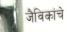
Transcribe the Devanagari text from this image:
जैविकांचे